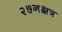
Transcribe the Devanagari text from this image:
२७नक्षत्र